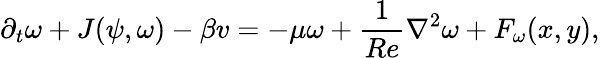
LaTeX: \partial_{t}\omega+J(\psi,\omega)-\beta v=-\mu\omega+\frac{1}{Re}\nabla^{2}\omega+F_{\omega}(x,y),